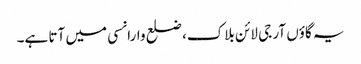
یہ گاؤں آر جی لائن بلاک، ضلع وارانسی میں آتا ہے۔